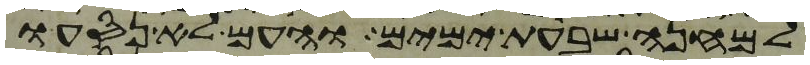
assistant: למחנה שבעת ימים והעם לא נסעו